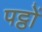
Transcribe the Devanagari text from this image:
पट्ठों